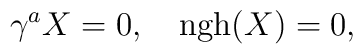
\gamma^aX=0,\quad \hbox{ngh}(X)=0,